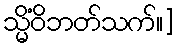
သ္မိံဝိဘတ်သက်။]